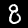
Label: 8